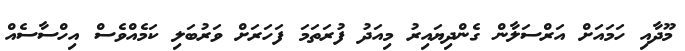
މޫދާއި ހަމައަށް އަރްސަލާން ގެންދިޔައިރު މިއަދު ފުރަތަމަ ފަހަރަށް ވަރުބަލި ކަމެއްވެސް އިހްސާސެއް